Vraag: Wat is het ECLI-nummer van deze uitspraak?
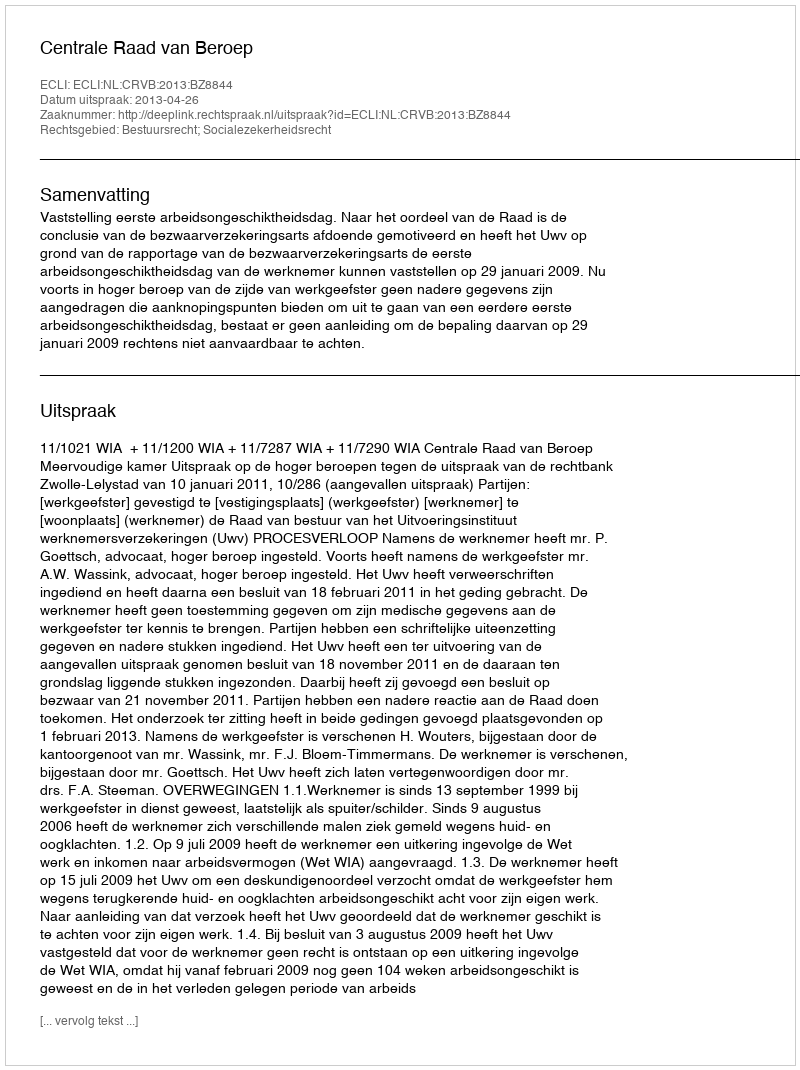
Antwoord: ECLI:NL:CRVB:2013:BZ8844